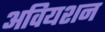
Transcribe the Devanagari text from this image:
अवियशन